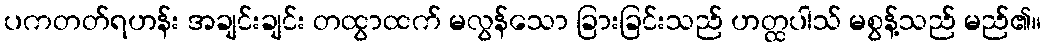
ပကတတ်ရဟန်း အချင်းချင်း တထွာထက် မလွန်သော ခြားခြင်းသည် ဟတ္ထပါသ် မစွန့်သည် မည်၏။